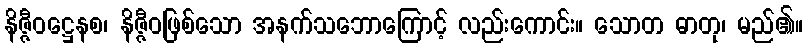
နိဇ္ဇီဝဋ္ဌေနစ၊ နိဇ္ဇီဝဖြစ်သော အနက်သဘောကြောင့် လည်းကောင်း။ သောတ ဓာတု၊ မည်၏။